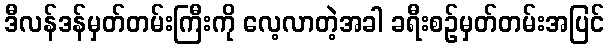
ဒီလန်ဒန်မှတ်တမ်းကြီးကို လေ့လာတဲ့အခါ ခရီးစဉ်မှတ်တမ်းအပြင်